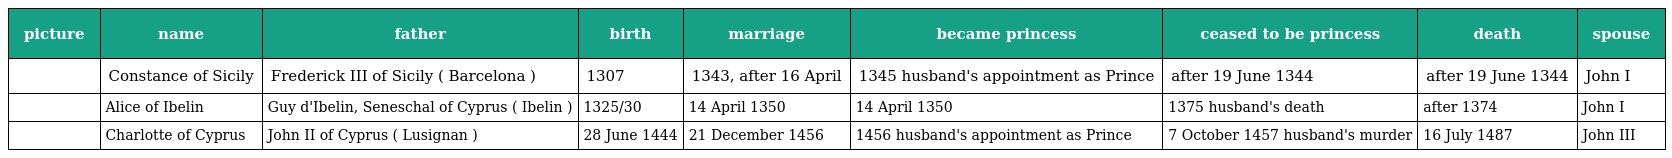
| picture | name | father | birth | marriage | became princess | ceased to be princess | death | spouse |
 | --- | --- | --- | --- | --- | --- | --- | --- | --- |
 |  | Constance of Sicily | Frederick III of Sicily ( Barcelona ) | 1307 | 1343, after 16 April | 1345 husband's appointment as Prince | after 19 June 1344 | after 19 June 1344 | John I |
 |  | Alice of Ibelin | Guy d'Ibelin, Seneschal of Cyprus ( Ibelin ) | 1325/30 | 14 April 1350 | 14 April 1350 | 1375 husband's death | after 1374 | John I |
 |  | Charlotte of Cyprus | John II of Cyprus ( Lusignan ) | 28 June 1444 | 21 December 1456 | 1456 husband's appointment as Prince | 7 October 1457 husband's murder | 16 July 1487 | John III |